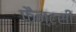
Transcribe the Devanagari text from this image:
फ़ैन्टसी